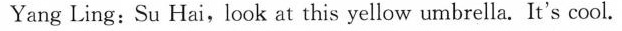
Yang Ling:Su Hai,look at this yellow umbrella. It's cool.